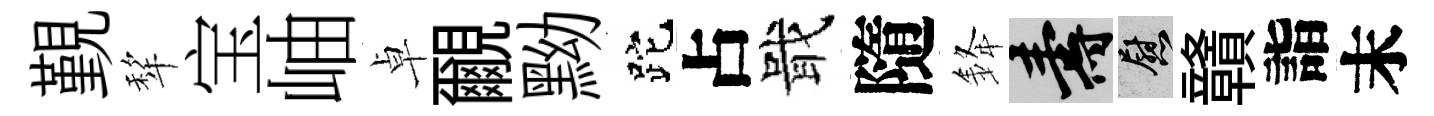
覲犂宝岫卓覼黝跎占戢隨𨦟壽慰贛詣末